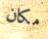
مكان